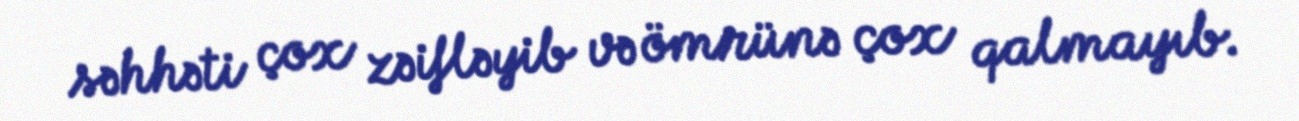
səhhəti çox zəifləyib və ömrünə çox qalmayıb.